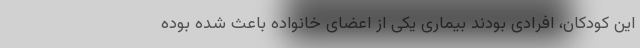
این کودکان، افرادی بودند بیماری یکی از اعضای خانواده باعث شده بوده